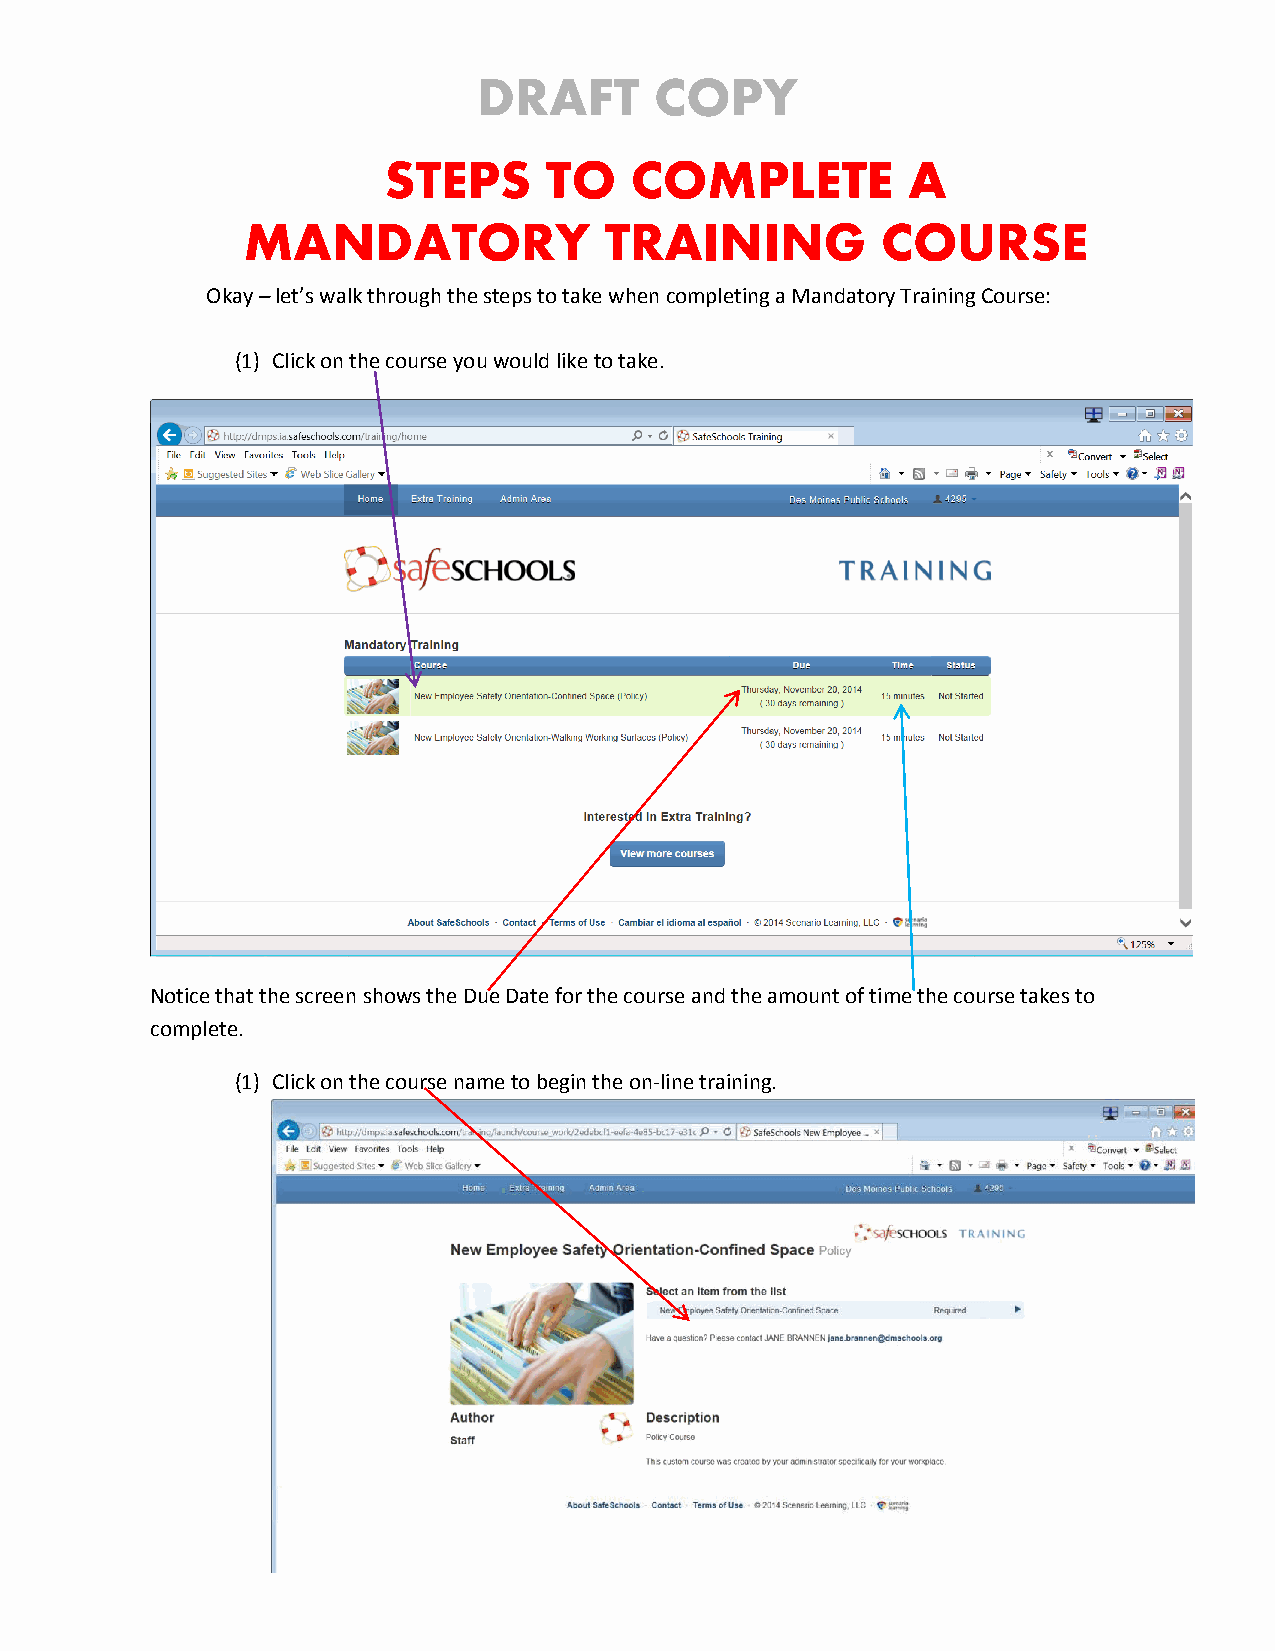
STEPS      TO    COMPLETE          A
 MANDATORY               TRAINING          COURSE
 Okay – let’s walk through the steps to take when completing a Mandatory Training Course:
 (1) Click on the course you would like to take.
 Notice that the screen shows the Due Date for the course and the amount of time the course takes to
 complete.
 (1) Click on the course name to begin the on-line training.